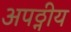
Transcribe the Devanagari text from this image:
अपठ्नीय